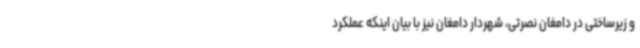
و زیرساختی در دامغان نصرتی، شهردار دامغان نیز با بیان اینکه عملکرد